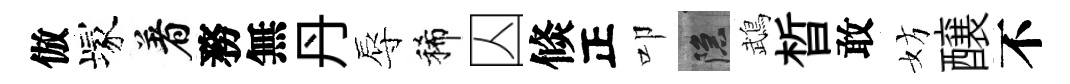
倣塚着務無丹辱稀囚倐正叩隱鵡晳敢妨醸不